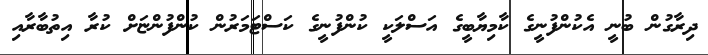
ދިރާގުން ބުނީ އެކުންފުނީގެ ކާމިޔާބީގެ އަސްލަކީ ކުންފުނީގެ ކަސްޓަމަރުން ކުންފުންޏަށް ކުރާ އިތުބާރާއި